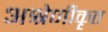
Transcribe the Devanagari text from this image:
अश्रेणीकृत